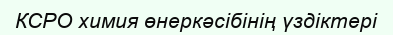
КСРО химия өнеркәсібінің үздіктері